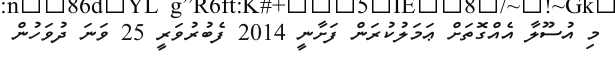
މި އުސޫލާ އެއްގޮތަށް ޢަމަލުކުރަން ފަށާނީ 2014 ފެބުރުވަރީ 25 ވަނަ ދުވަހުން